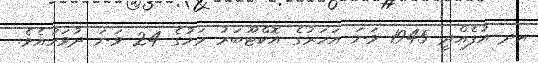
އދ އުފެއްދީ 1945 ވަނަ އަހަރުގެ އޮކްޓޫބަރު މަހުގެ 24 ވަނަ ދުވަހުއެވެ.